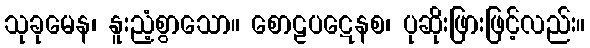
သုခုမေန၊ နူးညံ့စွာသော။ စောဠပဋေနစ၊ ပုဆိုးဖြားဖြင့်လည်း။